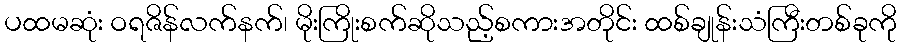
ပထမဆုံး ဝရဇိန်လက်နက်၊ မိုးကြိုးစက်ဆိုသည့်စကားအတိုင်း ထစ်ချုန်းသံကြီးတစ်ခုကို